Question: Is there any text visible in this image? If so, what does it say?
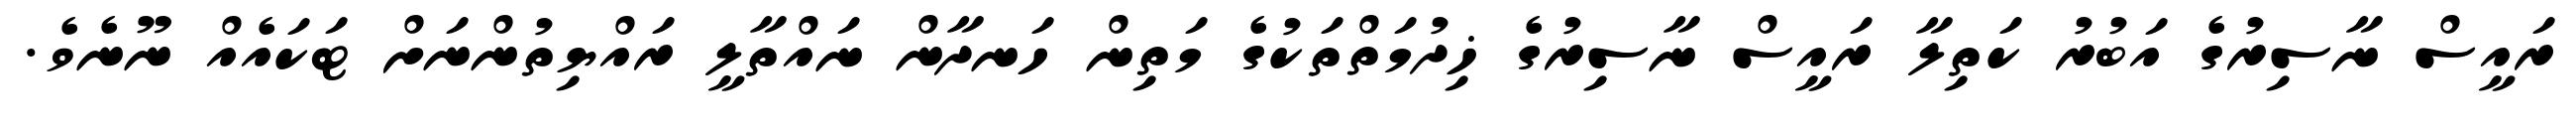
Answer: ރައީސް ނާސިރުގެ އަބުރު ކަތިލާ ރައީސް ނާސިރުގެ ޚިދުމަތްތަކުގެ މަތިން ހަނދާން ނައްތާލީ ރައްޔިތުންނަށް ޓަކައެއް ނޫނެވެ.